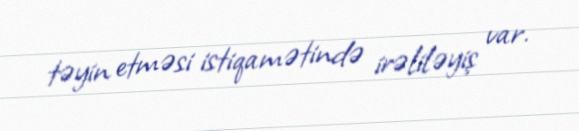
təyin etməsi istiqamətində irəliləyiş var.